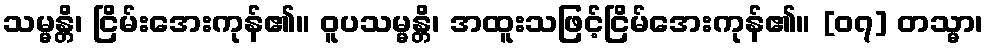
သမ္မန္တိ၊ ငြိမ်းအေးကုန်၏။ ဝူပသမ္မန္တိ၊ အထူးသဖြင့်ငြိမ်အေးကုန်၏။ [၀၇] တသ္မာ၊